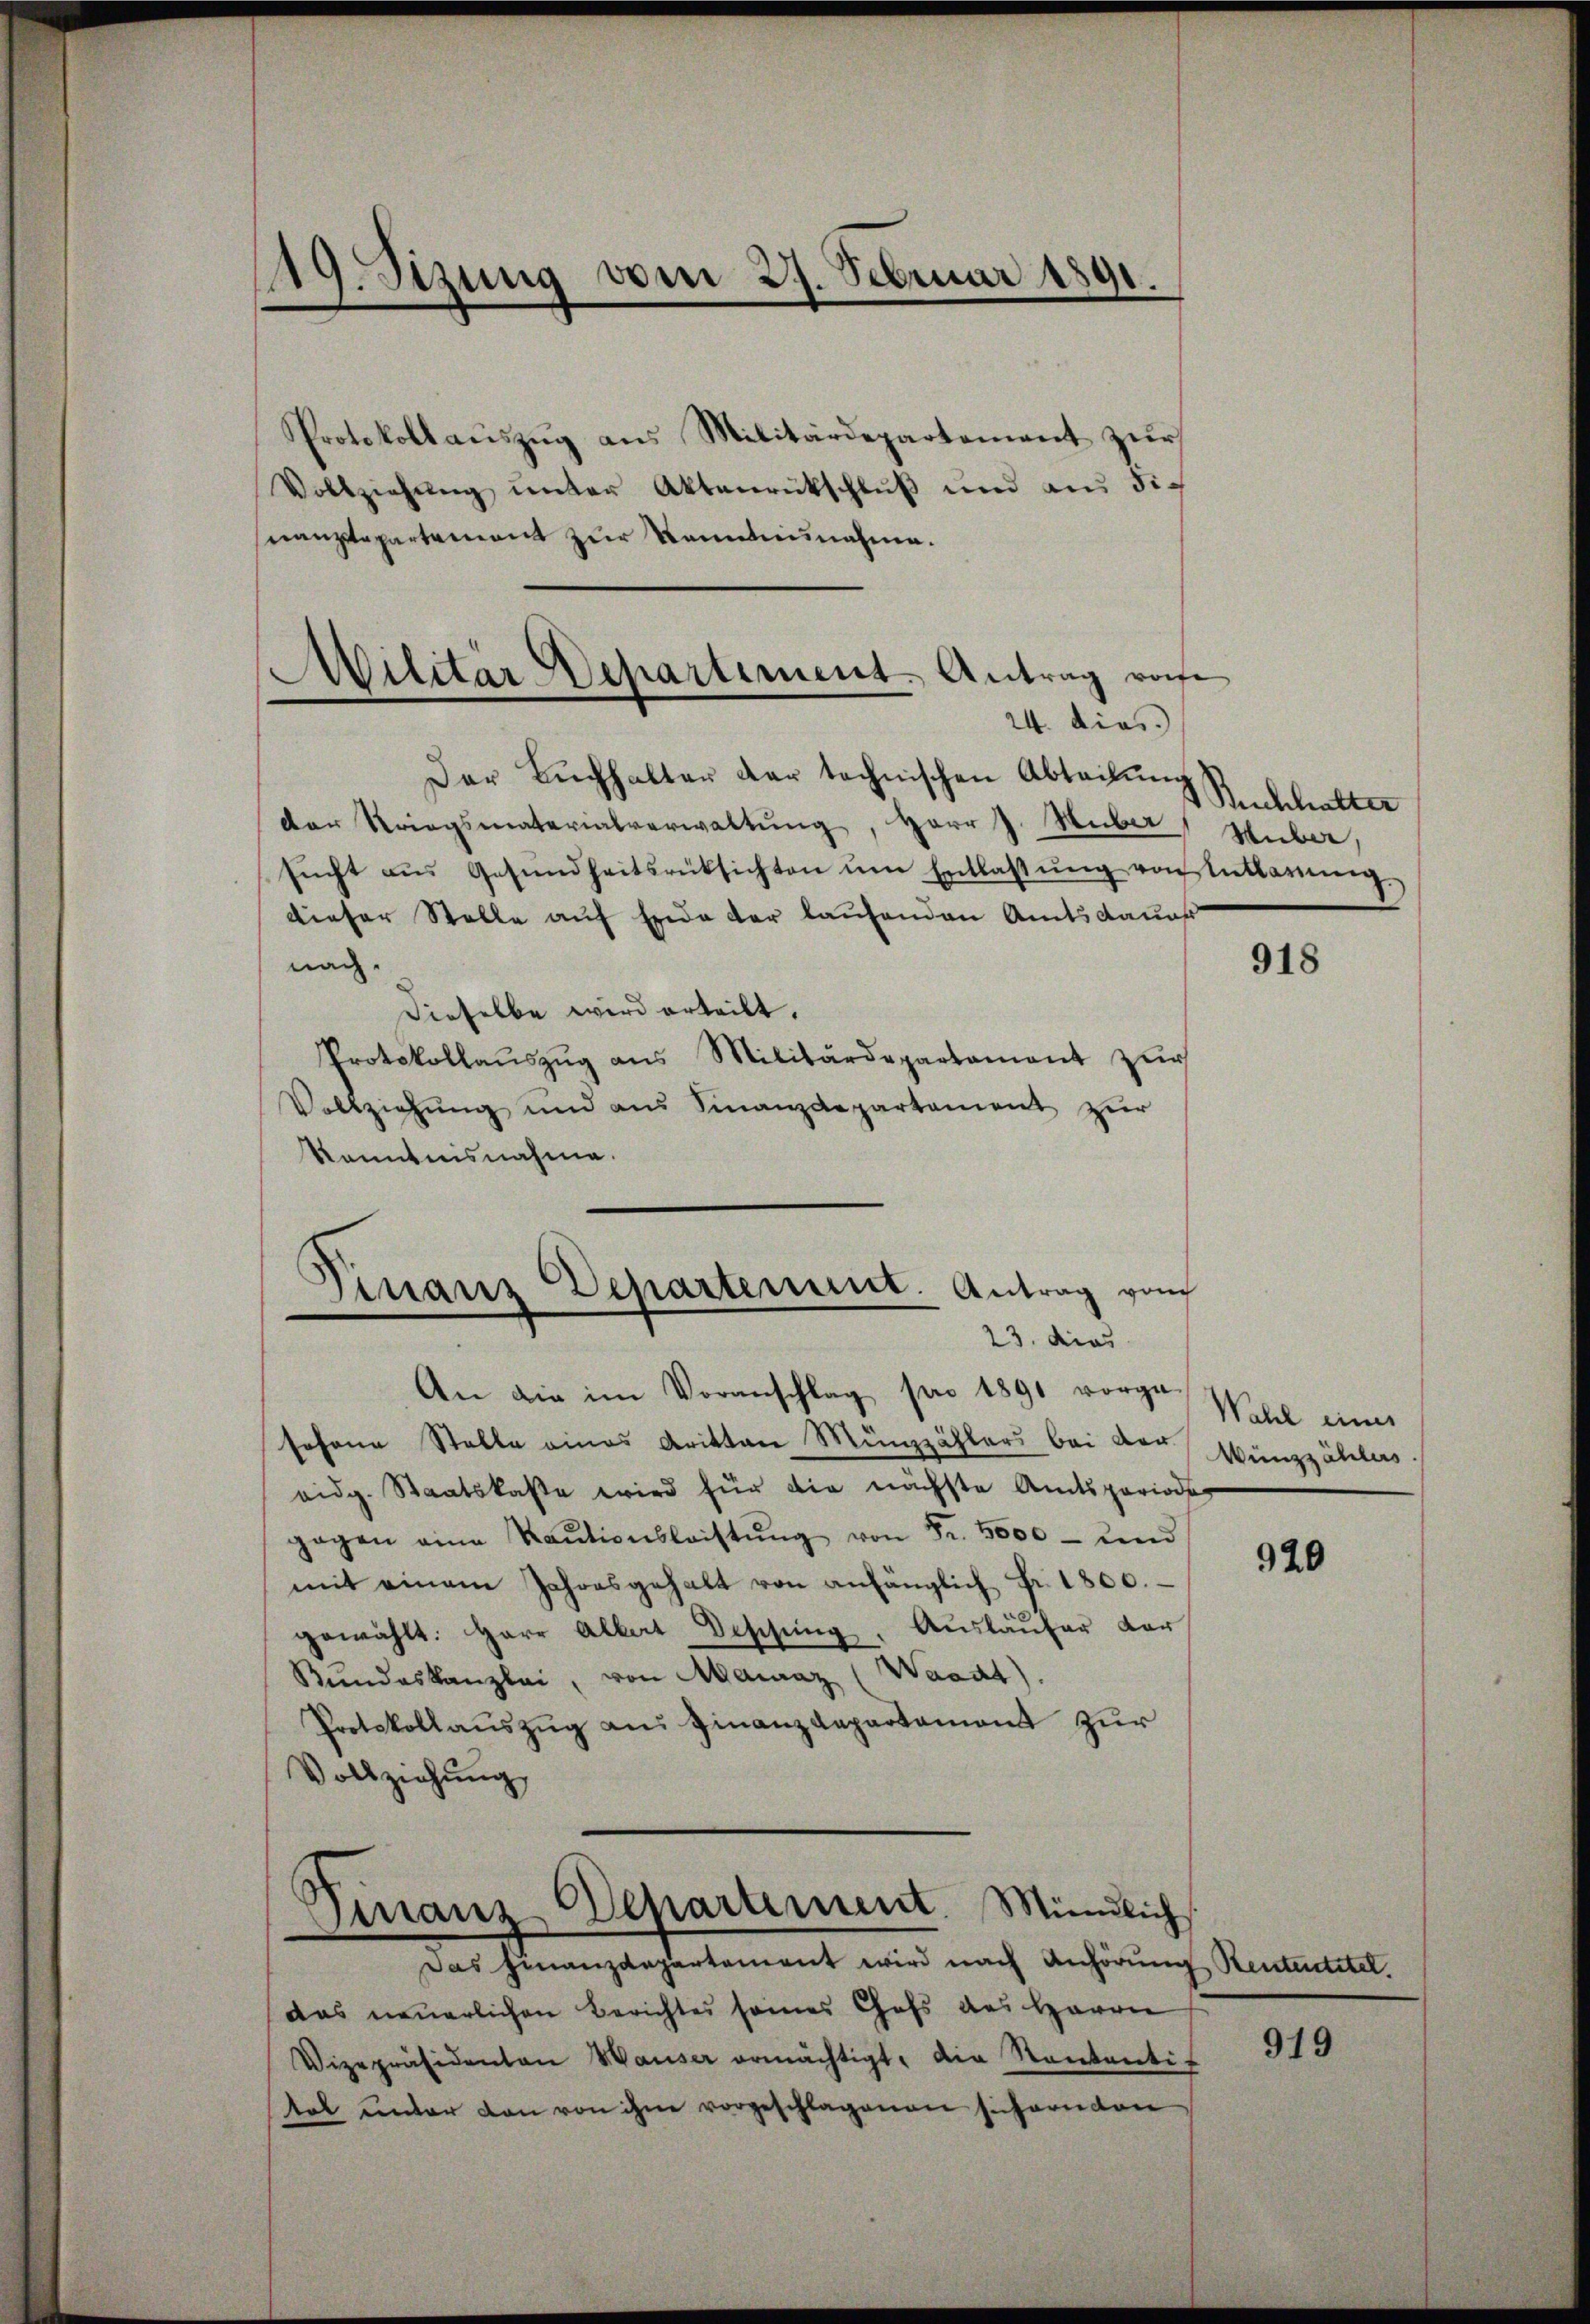
119. Sizung vom 27. Februar 1891.

Militär Departement. Antrag von
24. dies

Protokollaŭszŭg ans Militärdepartement zŭr
Vollziehŭng ŭnter Aktenrückschlŭβ ŭnd aus die
nanzdepartement zur Kenntnisnahme.
Der Bŭchhalter dar technischen Abteilŭng
der Striegsmaterialverwaltŭng, Herr J. Huber
sŭcht aŭs Gesŭndheitsrücksichten ŭm Entlassŭng von Entlarŭng
dieser Stelle auf Erde der laufenden Amtsdauer
nach.
Dieselbe wird erteilt.
Protokollaŭszŭg ans Militärdepartament zŭr
Vollziehŭng und aus Finanzdepartament zur
Kenntnisnahme.
Finanz Departement. Antrag von
23. dies
An die im Voranschlag pro 1891 vorge-
sehene Stelle eines Aritten Münzzählers bei der
eidg. Staatskasse wird für die nächste Amtsperiode
gagen eine Raŭtionsleistŭng von Fr. 5000 - und
mit einem Jahresgehalt von anfänglich Fr. 1800.
gewählt: Herr Alkat Beschŭng Aŭsläŭfer dar
Rŭndeskanzlei, von Mairaz (Waadt).
Protokollaŭszŭg aŭs Finanzdepartament zŭr
Vollziehung

Finanz Departement. Mündlich
Das Finanzdepartement wird nach Anhörung Rententitel.

das neuerlichen Berichtes seines Chefs des Herrn
Vizepräsidenten Waiser ermächtigt, die Sententitol unter von von ihne vorgeschlagenen sichernden

Ruchhalter
Huber,

918

Wahl eines
Wünzzählers

920

919